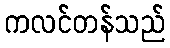
ကလင်တန်သည်